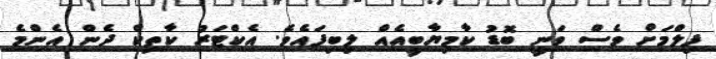
ފިލްމަށް ވެސް ވަނީ ބޮޑު ކާމިޔާބީއެއް ލިބިފައެވެ. އެކްޓަރު ކާތިކް ދެން އެންމެ